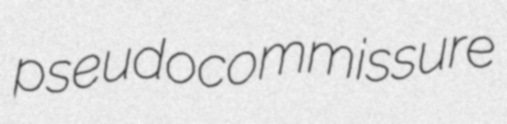
pseudocommissure